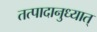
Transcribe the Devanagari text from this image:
तत्पादानुध्यात्